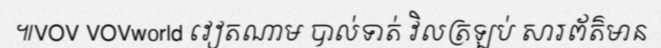
៕VOV VOVworld វៀតណាម បាល់ទាត់ វិលត្រឡប់ សារព័ត៌មាន